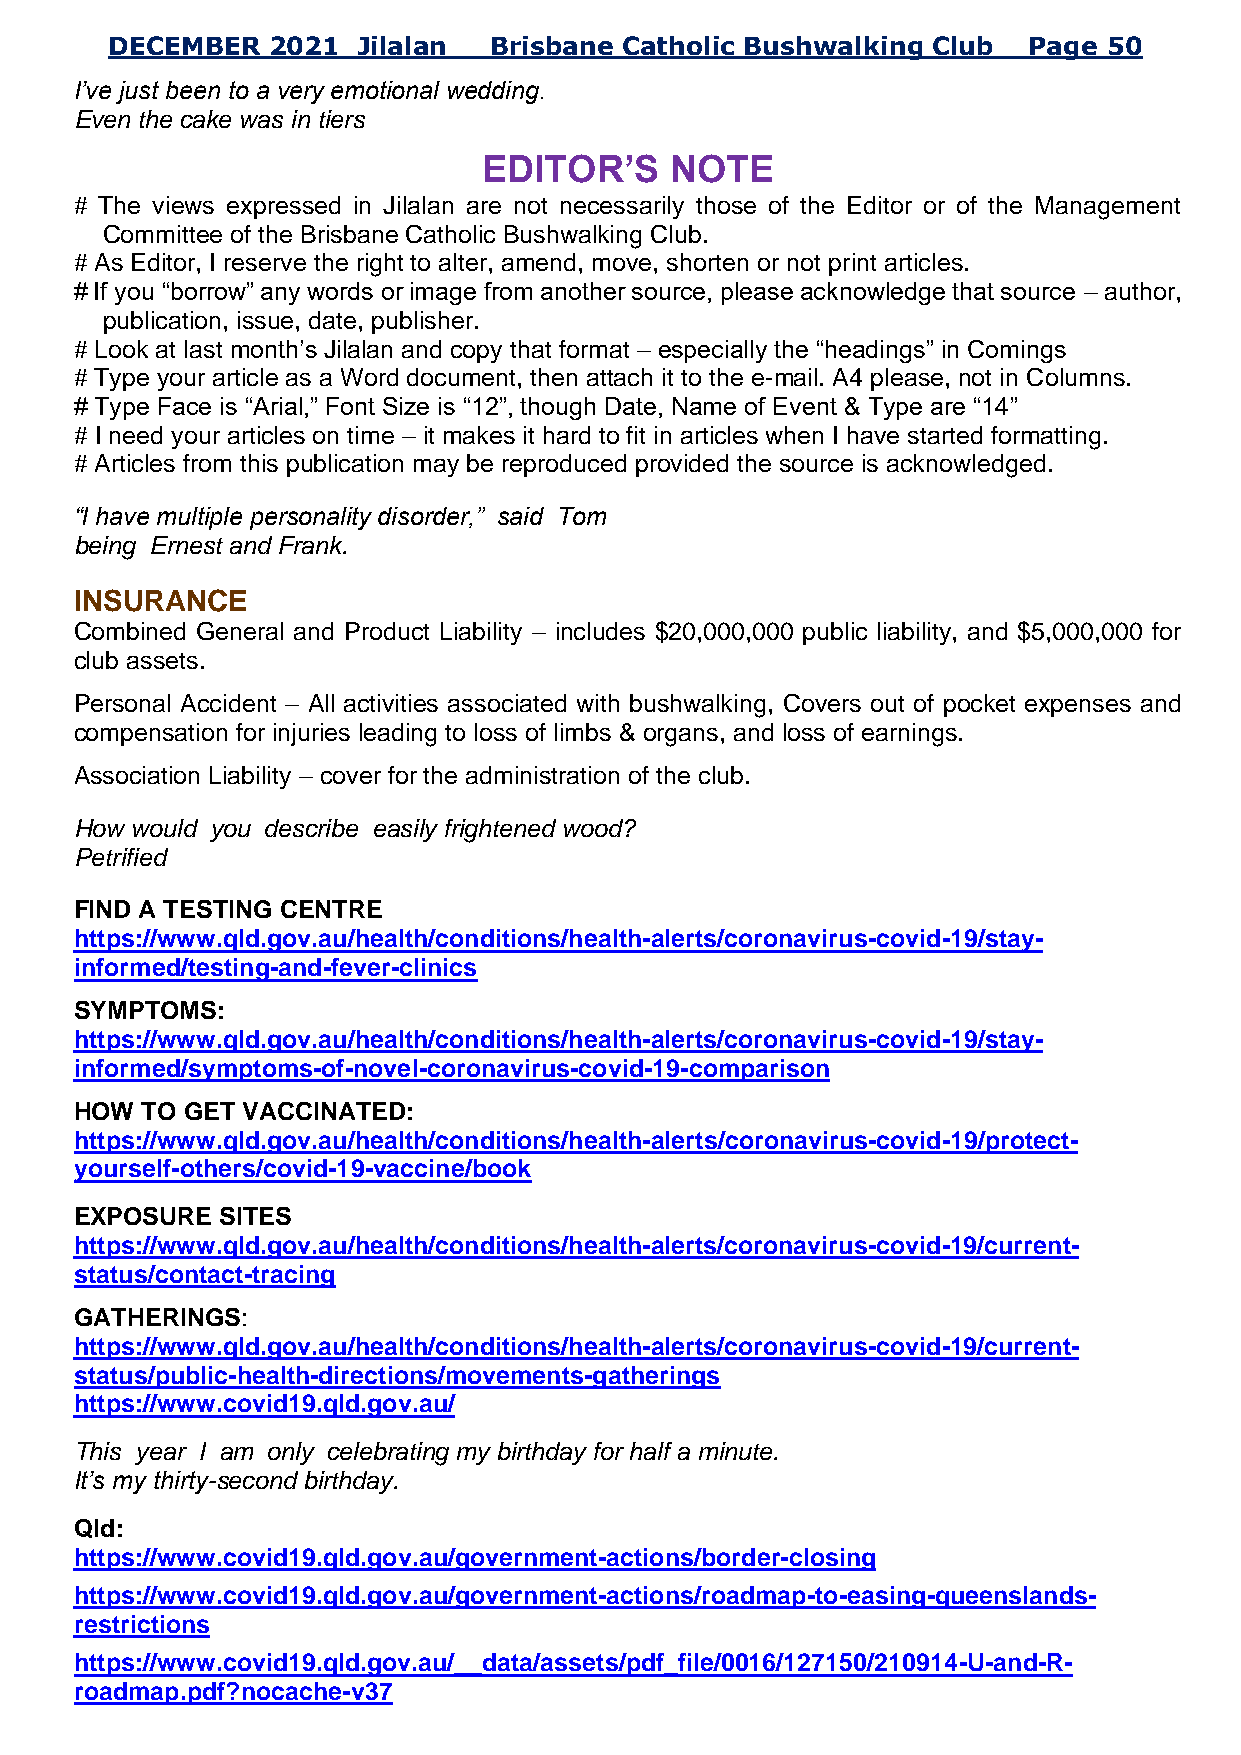
DECEMBER   2021  Jilalan Brisbane Catholic Bushwalking Club  Page 50
 I’ve just been to a very emotional wedding.
 Even the cake was in tiers
 EDITOR’S    NOTE
 # The views expressed in Jilalan are not necessarily those of the Editor or of the Management
 Committee of the Brisbane Catholic Bushwalking Club.
 # As Editor, I reserve the right to alter, amend, move, shorten or not print articles.
 # If you “borrow” any words or image from another source, please acknowledge that source – author,
 publication, issue, date, publisher.
 # Look at last month’s Jilalan and copy that format – especially the “headings” in Comings
 # Type your article as a Word document, then attach it to the e-mail. A4 please, not in Columns.
 # Type Face is “Arial,” Font Size is “12”, though Date, Name of Event & Type are “14”
 # I need your articles on time – it makes it hard to fit in articles when I have started formatting.
 # Articles from this publication may be reproduced provided the source is acknowledged.
 “I have multiple personality disorder,” said Tom
 being Ernest and Frank.
 INSURANCE
 Combined General and Product Liability – includes $20,000,000 public liability, and $5,000,000 for
 club assets.
 Personal Accident – All activities associated with bushwalking, Covers out of pocket expenses and
 compensation for injuries leading to loss of limbs & organs, and loss of earnings.
 Association Liability – cover for the administration of the club.
 How would you describe easily frightened wood?
 Petrified
 FIND A TESTING CENTRE
 https://www.qld.gov.au/health/conditions/health-alerts/coronavirus-covid-19/stay-
 informed/testing-and-fever-clinics
 SYMPTOMS:
 https://www.qld.gov.au/health/conditions/health-alerts/coronavirus-covid-19/stay-
 informed/symptoms-of-novel-coronavirus-covid-19-comparison
 HOW TO GET VACCINATED:
 https://www.qld.gov.au/health/conditions/health-alerts/coronavirus-covid-19/protect-
 yourself-others/covid-19-vaccine/book
 EXPOSURE  SITES
 https://www.qld.gov.au/health/conditions/health-alerts/coronavirus-covid-19/current-
 status/contact-tracing
 GATHERINGS:
 https://www.qld.gov.au/health/conditions/health-alerts/coronavirus-covid-19/current-
 status/public-health-directions/movements-gatherings
 https://www.covid19.qld.gov.au/
 This year I am only celebrating my birthday for half a minute.
 It’s my thirty-second birthday.
 Qld:
 https://www.covid19.qld.gov.au/government-actions/border-closing
 https://www.covid19.qld.gov.au/government-actions/roadmap-to-easing-queenslands-
 restrictions
 https://www.covid19.qld.gov.au/__data/assets/pdf_file/0016/127150/210914-U-and-R-
 roadmap.pdf?nocache-v37